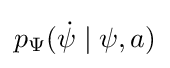
p_{\Psi }({\dot {\psi }}\mid \psi ,a)